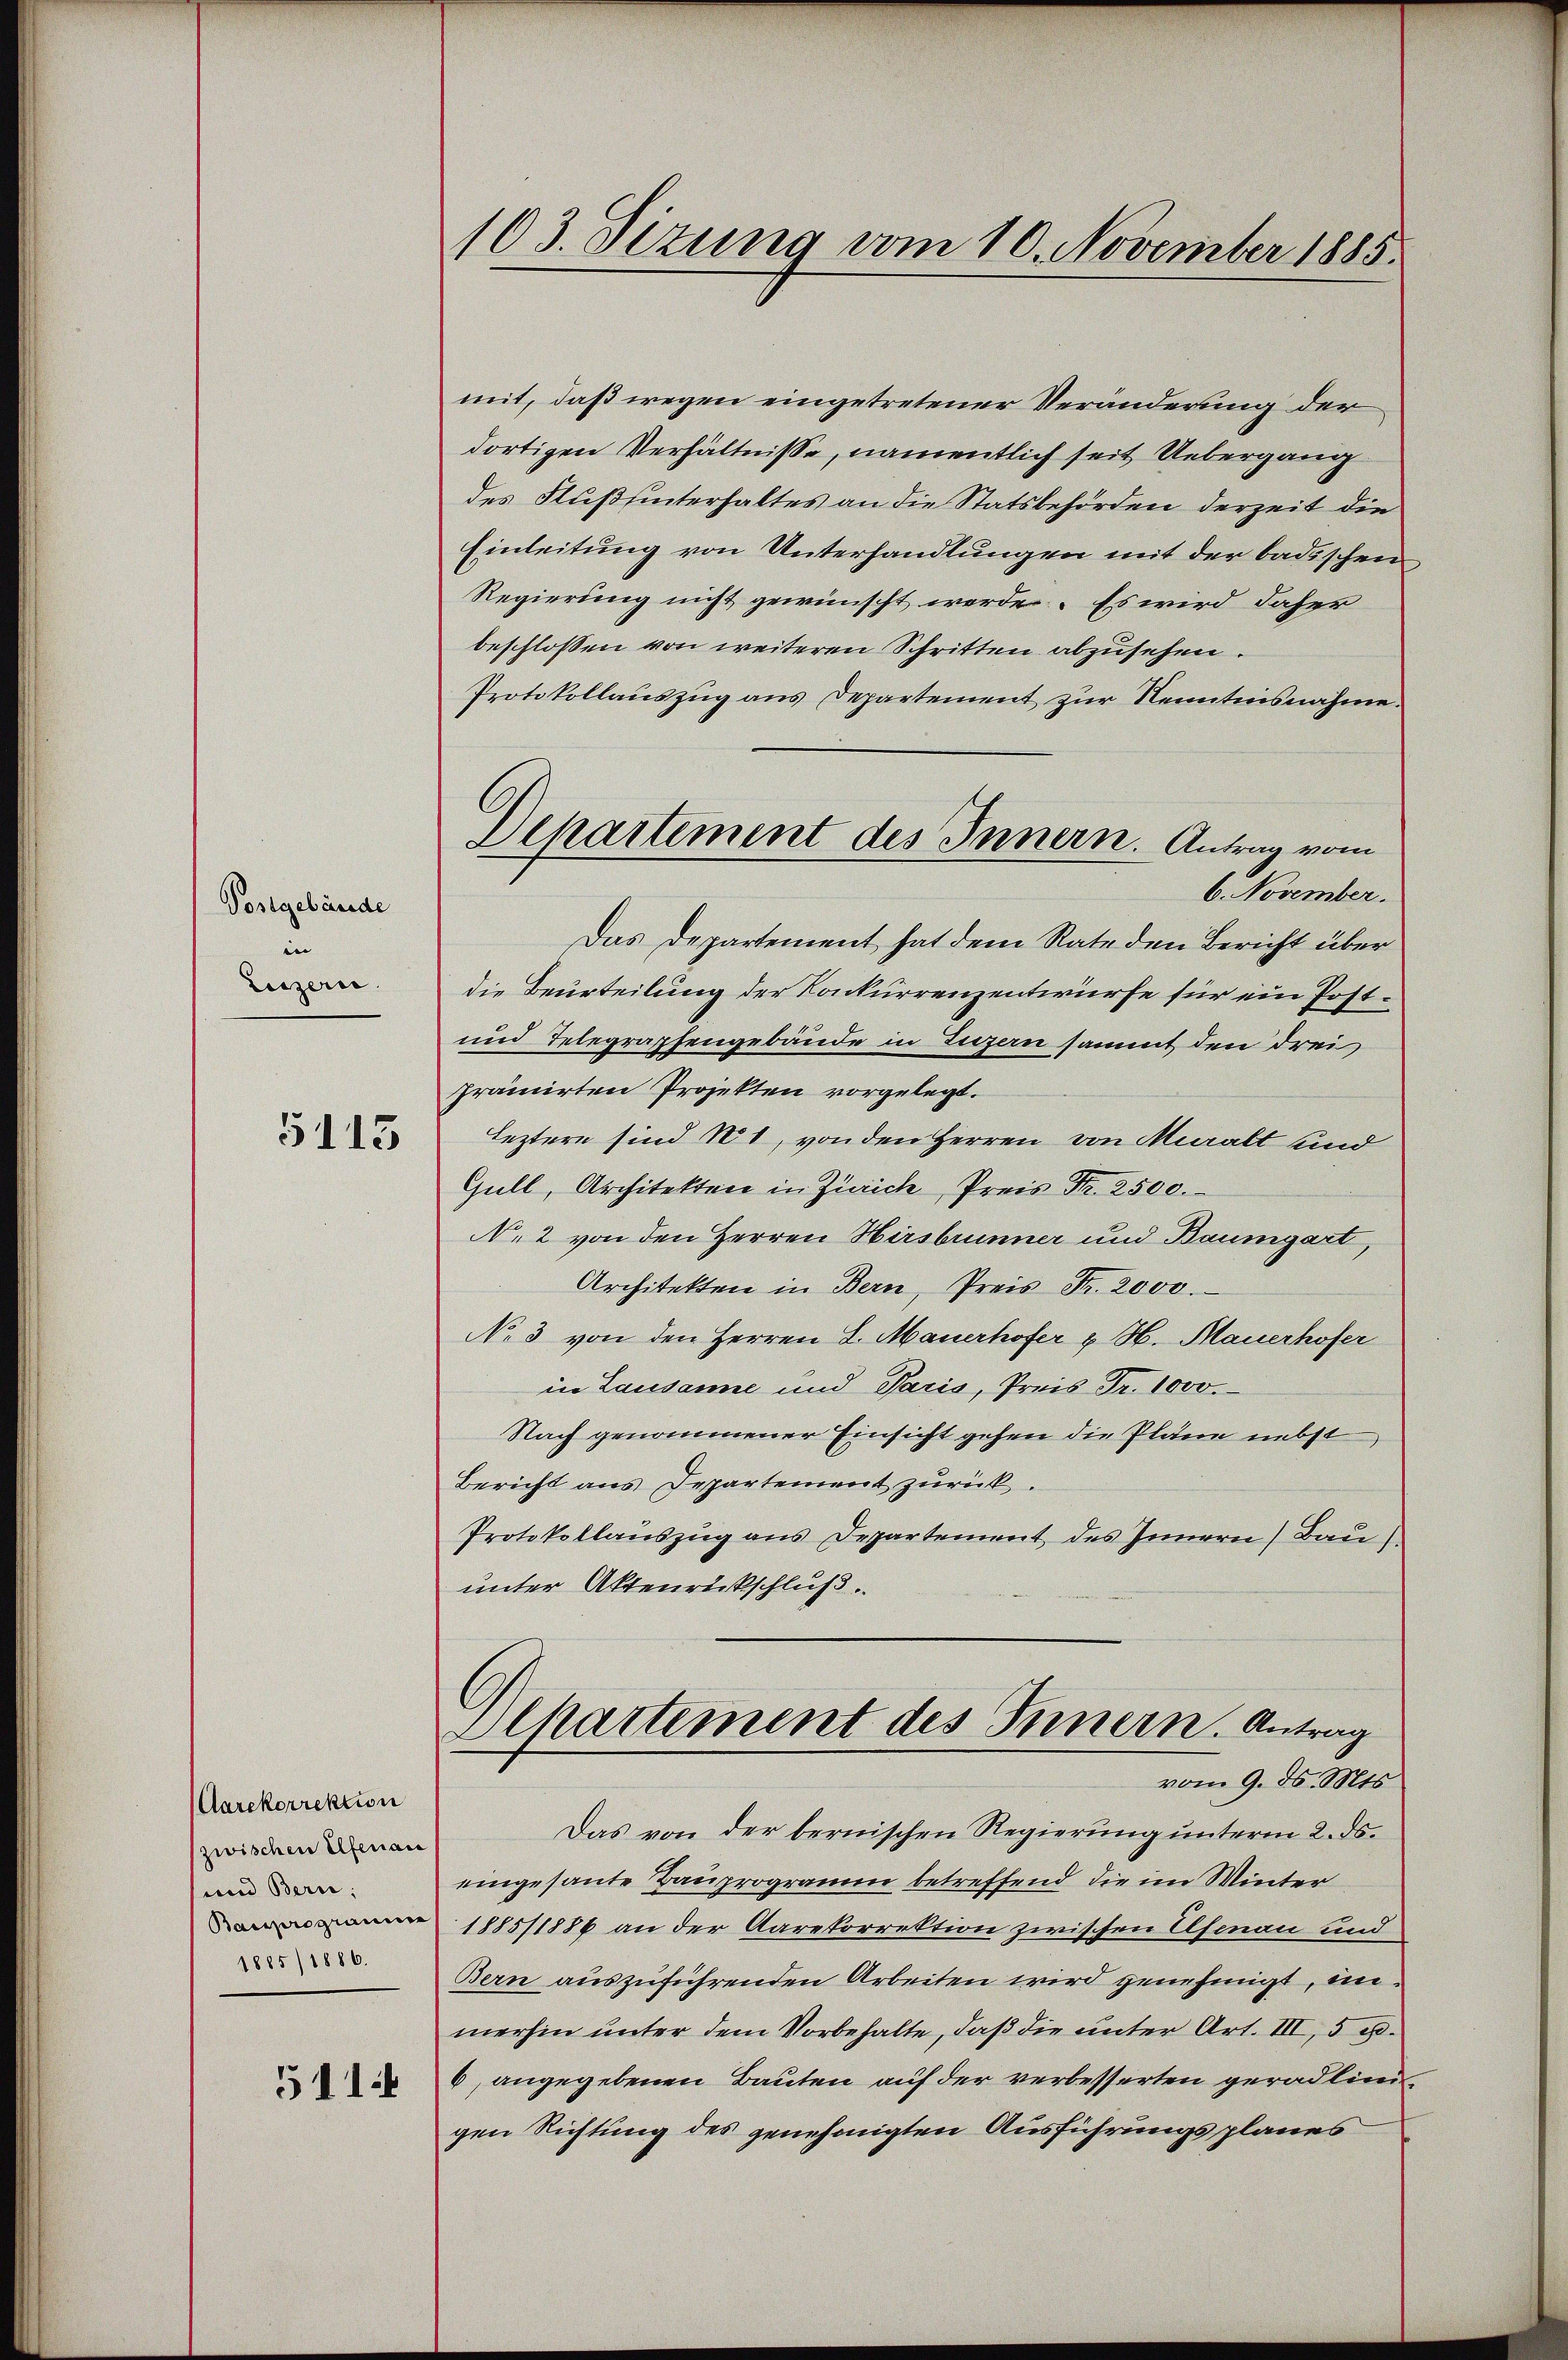
Postgebäude
u
Luzern.

5113

(Aarekorrektion
zwischen Elfenaus
und Bern;
Bauprogramm
1885/1886.

511.

103. Sizung vom 10. November 1885.

mit, daß wegen eingetretener Veränderung der
dortigen Verhältnisse, namentlich seit Uebergang
des Flußhinterhaltes an die Statsbehörden derzeit die
Einleitung von Unterhandlungen mit der badischen
Regierung nicht gewünscht werde. Es wird daher
beschlossen von weiteren Schritten abzusehen.
Protokollauszug aus Departement zur Kenntnisnahme.
6. November.
Das Departement hat dem Rate den Bericht über
die Beurteilung der Konkurrenzentwürfe für ein Post¬
und Telegraphengebäude in Luzern sammt den drei
prämirten Projekten vorgelegt.
Leztern sind 100, von den Herren von Muralt und
Gull, Architekten in Zürich, Preis Fr. 2500.
N. 2 von den Herren Hirsbrunner und Baumgart,
Architekten in Bern, Preis Fr. 2000.
No 3 von den Herren 8. Mauerhofer u. H. Mauerhofer
in Lausanne und Paris, Preis Fr. 1000.
Nach genommener Einsicht gehen die Pläne nebst
Bericht aus Departement zurück.
Protokollauszug aus Departement des Innern Bau
unter Aktenrückschluß.
Departement des Innern. Antrag
vom 9. d. Mts.
Das von der bernischen Regierung unterm 2. ds.
eingesante Bauprogramm betreffend die im Winter
1885/1884 an der Aarekorrektion zwischen Elsenau und
Bern auszuführenden Arbeiten wird genehmigt, inmerhin unter dem Vorbehalte, daß die unter Art. III, 5 u.
6, angegebenen Bauten auf der verbesserten geradlin
gen Richtung des genehmigten Ausführungsplanes

Departement des Innern. Antrag vom